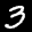
Label: 3